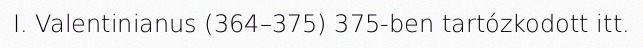
I. Valentinianus (364–375) 375-ben tartózkodott itt.